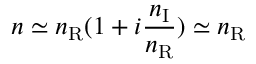
n \simeq n _ { \mathrm { R } } ( 1 + i \frac { n _ { \mathrm { I } } } { n _ { \mathrm { R } } } ) \simeq n _ { \mathrm { R } }